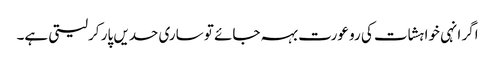
اگر انہی خواہشات کی رو عورت بہہ جائے تو ساری حدیں پار کرلیتی ہے۔